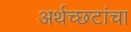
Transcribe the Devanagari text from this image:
अर्थच्‍छटांचा